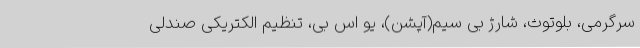
سرگرمی، بلوتوث، شارژ بی سیم(آپشن)، یو اس بی، تنظیم الکتریکی صندلی